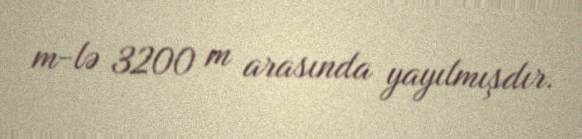
m-lə 3200 m arasında yayılmışdır.